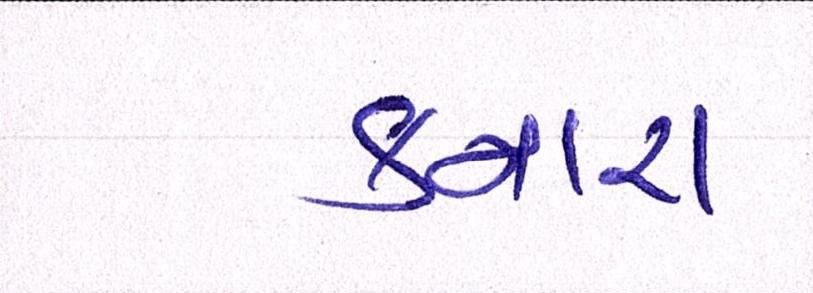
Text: કનારા